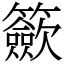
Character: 籨